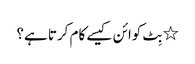
٭ بِٹ کوائن کیسے کام کرتا ہے؟